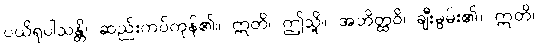
ပယိရုပါသန္တိ၊ ဆည်းကပ်ကုန်၏။ ဣတိ၊ ဤသို့။ အဘိတ္ထဝိ၊ ချီးမွမ်း၏။ ဣတိ၊